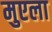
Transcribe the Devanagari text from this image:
मुएला